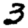
Digit: 3